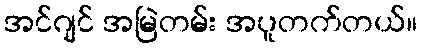
အင်ဂျင် အမြဲတမ်း အပူတက်တယ်။